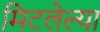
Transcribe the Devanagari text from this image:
मिटलेल्या